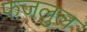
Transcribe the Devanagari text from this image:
फजलुल